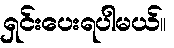
ရှင်းပေးရပါမယ်။